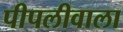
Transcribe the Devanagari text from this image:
पीपलीवाला